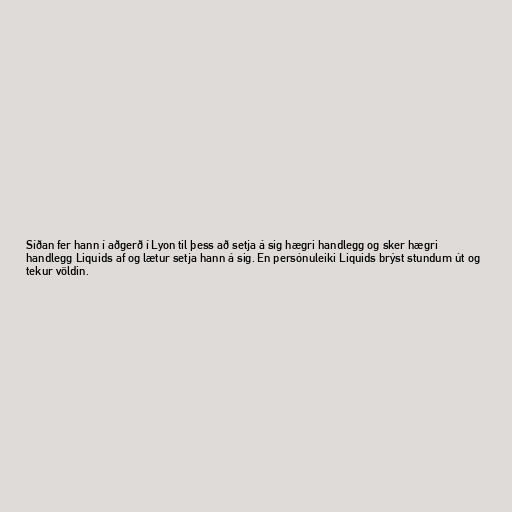
Síðan fer hann í aðgerð í Lyon til þess að setja á sig hægri handlegg og sker hægri
handlegg Liquids af og lætur setja hann á sig. En persónuleiki Liquids brýst stundum út og
tekur völdin.